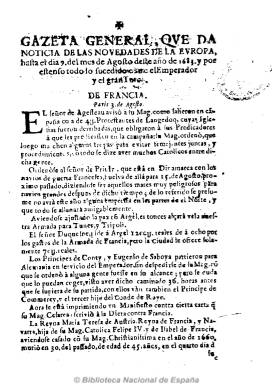
Título: Gazeta general
Otros títulos: Gazeta general, que da noticias de las novedades de la Europa
Colección: Gacetas
Ámbito geográfico: Sevilla
Lugar de publicación: Sevilla
Fechas: 01/01/1683-31/12/1683

Un ejemplar impreso “con licencia” en Sevilla “a costa” de Cristoval Lopeez, que da cuenta de noticias de Francia, Inglaterra, Alemania y Flandes. Ejemplo típico del denominado pre-periodismo del siglo XVII, de periodicidad irregular, cuatro páginas, en cuarto, a una columna, sin paginar ni numerar, de los que se conocen otros impresos en varias ciudades españolas y del modo en que lo eran en otras europeas, con noticias procedentes de éstas. Estas Gazetas conviven tanto con Avisos y Relaciones (que dan cuenta de una sola noticia), como con otras publicaciones que ya van teniendo periodicidad regular, como los Hebdomadarios o la Gazeta de Madrid (1661).